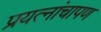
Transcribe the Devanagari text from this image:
प्रयत्नांचापण